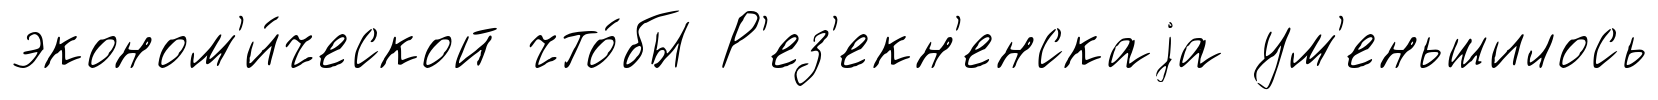
эконом'и́ческой что́бы Р'ез'екн'енскаjа ум'еньшилось